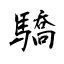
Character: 驕